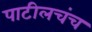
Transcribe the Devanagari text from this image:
पाटीलचंच